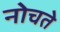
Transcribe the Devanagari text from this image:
नोचते